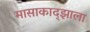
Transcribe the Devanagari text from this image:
मासाकाद्झाला